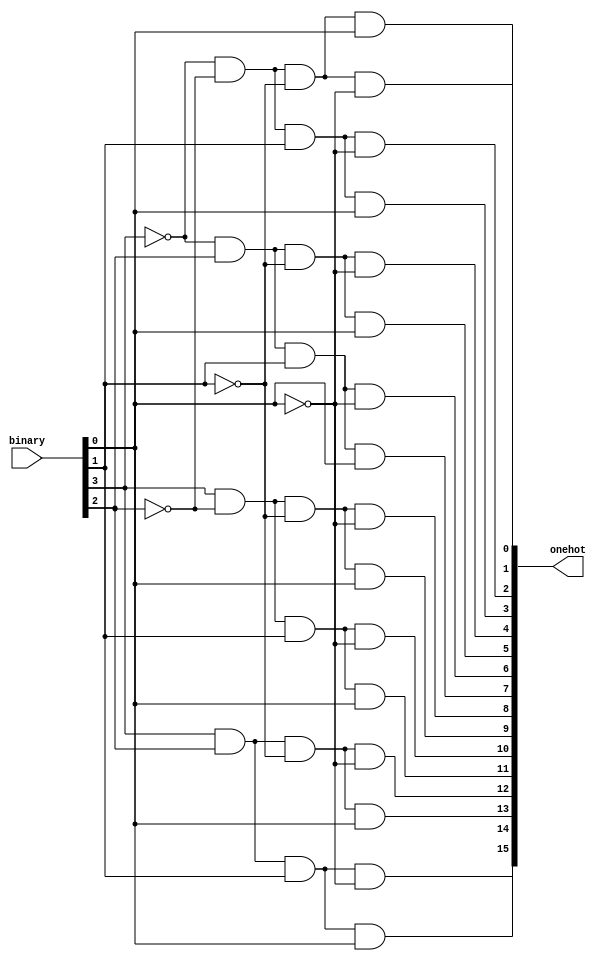
module m4x16Decoder(binary,onehot);
	input [3:0] binary;
	output [15:0]onehot;
	
	assign onehot[ 0]=~binary[3]&~binary[2]&~binary[1]&~binary[0];
	assign onehot[ 1]=~binary[3]&~binary[2]&~binary[1]& binary[0];
	assign onehot[ 2]=~binary[3]&~binary[2]& binary[1]&~binary[0];
	assign onehot[ 3]=~binary[3]&~binary[2]& binary[1]& binary[0];
	assign onehot[ 4]=~binary[3]& binary[2]&~binary[1]&~binary[0];
	assign onehot[ 5]=~binary[3]& binary[2]&~binary[1]& binary[0];
	assign onehot[ 6]=~binary[3]& binary[2]& binary[1]&~binary[0];
	assign onehot[ 7]=~binary[3]& binary[2]& binary[1]& binary[0];
	assign onehot[ 8]= binary[3]&~binary[2]&~binary[1]&~binary[0];
	assign onehot[ 9]= binary[3]&~binary[2]&~binary[1]& binary[0];
	assign onehot[10]= binary[3]&~binary[2]& binary[1]&~binary[0];
	assign onehot[11]= binary[3]&~binary[2]& binary[1]& binary[0];
	assign onehot[12]= binary[3]& binary[2]&~binary[1]&~binary[0];
	assign onehot[13]= binary[3]& binary[2]&~binary[1]& binary[0];
	assign onehot[14]= binary[3]& binary[2]& binary[1]&~binary[0];
	assign onehot[15]= binary[3]& binary[2]& binary[1]& binary[0];
	
endmodule